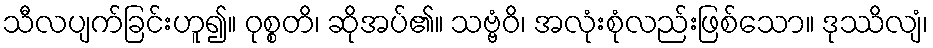
သီလပျက်ခြင်းဟူ၍။ ဝုစ္စတိ၊ ဆိုအပ်၏။ သဗ္ဗံဝိ၊ အလုံးစုံလည်းဖြစ်သော။ ဒုဿိလျံ၊